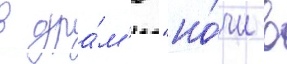
в дра́м'е "но́чи в